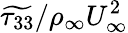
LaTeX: \widetilde{\tau_{33}}/\rho_{\infty}U_{\infty}^{2}